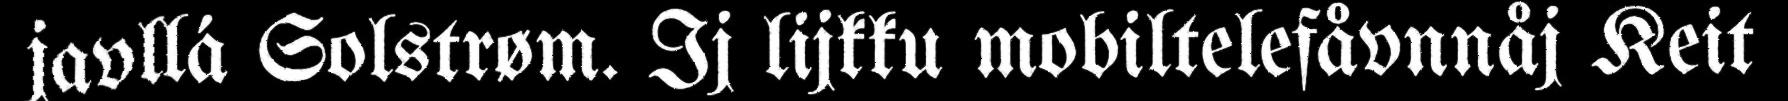
javllá Solstrøm. Ij lijkku mobiltelefåvnnåj Keit